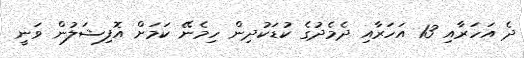
ދެ އަހަރާއި 13 އަހަރާއި ދެމެދުގެ ކުޑަކުދިން ހިމެނޭ ކަމަށް އޮފިޝަލުން ވަނީ